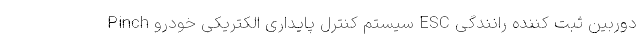
Pinch سیستم کنترل پایداری الکتریکی خودرو ESC دوربین ثبت کننده رانندگی